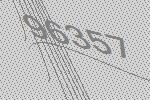
96357